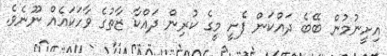
އިށީނުމުން ބޭބެ ދައްކަން ފެށީ މީގެ ކުރިން ދައްކާ ޒާތުގެ ވާހަކައެއް ނޫނެވެ.